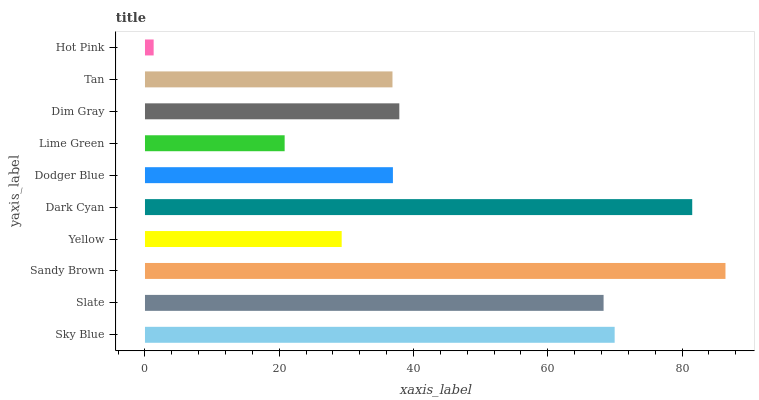
| yaxis_label | bars |
 | --- | --- |
 | Sky Blue | 70 |
 | Slate | 68.3 |
 | Sandy Brown | 86.5 |
 | Yellow | 29.3 |
 | Dark Cyan | 81.5 |
 | Dodger Blue | 36.9 |
 | Lime Green | 20.8 |
 | Dim Gray | 37.9 |
 | Tan | 36.9 |
 | Hot Pink | 1.29 |